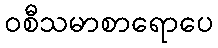
ဝစီသမာစာရောပေ